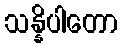
သန္နိပါတော